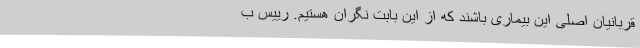
قربانیان اصلی این بیماری باشند که از این بابت نگران هستیم. رییس ب